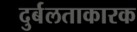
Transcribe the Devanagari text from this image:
दुर्बलताकारक